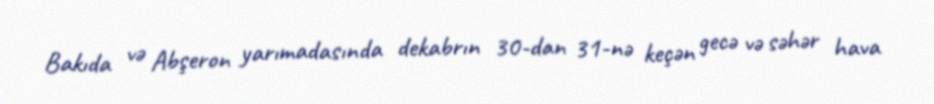
Bakıda və Abşeron yarımadasında dekabrın 30-dan 31-nə keçən gecə və səhər hava